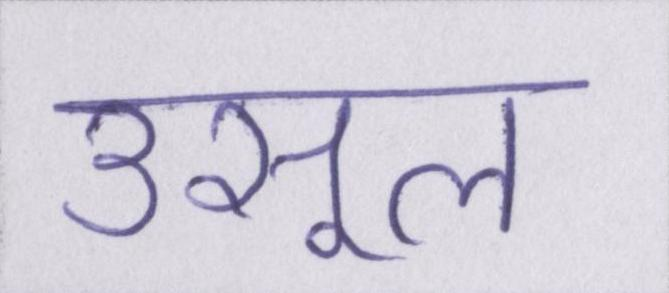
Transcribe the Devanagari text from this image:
उसूल